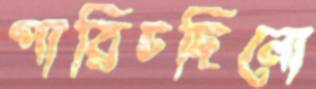
পারিচছিনো